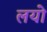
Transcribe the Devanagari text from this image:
लयो